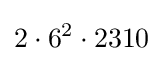
2\cdot 6^{2}\cdot 2310